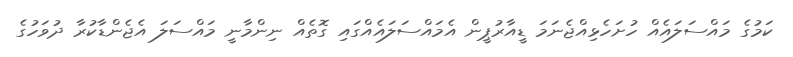
ކަމުގެ މައްސަލައެއް ހުށަހެޅިއްޖެނަމަ ޑީއާރުޕީން އެމައްސަލައެއްގައި ގޮތެއް ނިންމާނީ މައްސަލަ އެޖެންޑާކުރާ ދުވަހުގެ